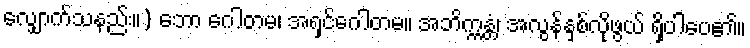
လျှောက်သနည်း။) ဘော ဂေါတမ၊ အရှင်ဂေါတမ။ အဘိက္ကန္တံ၊ အလွန်နှစ်လိုဖွယ် ရှိပါပေ၏။